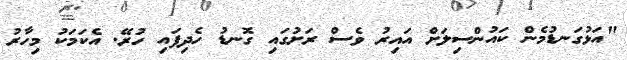
"އަޅުގަނޑުމެން ކައުންސިލަށް އައިރު ވެސް ރަށުގައި ގޮނޑު ހެދިފައި ހުރޭ. އެކަމަކު މިހާރު